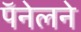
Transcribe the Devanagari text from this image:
पॅनेलने